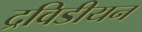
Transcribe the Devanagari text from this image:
द्रविडीयन